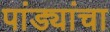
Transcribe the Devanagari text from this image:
पांड्यांचा